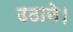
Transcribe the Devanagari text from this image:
उठाने।